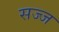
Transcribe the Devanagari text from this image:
सज्‍ज